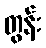
တွန်း